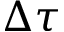
\Delta \tau